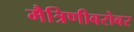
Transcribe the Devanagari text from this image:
मैत्रिणीबरोबर